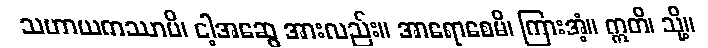
သဟာယကဿာပိ၊ ငါ့အဆွေ အားလည်း။ အာရောစေမိ၊ ကြားအံ့။ ဣတိ၊ သို့။